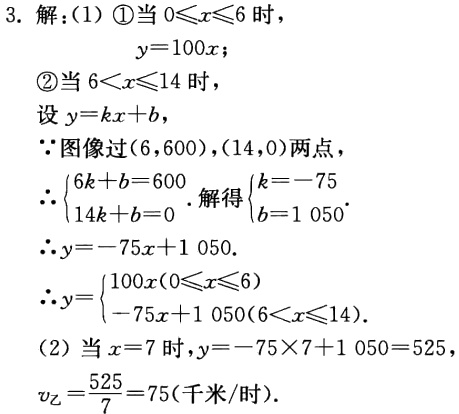
3. 解：(1) \textcircled{1}当 \(0\leqslant x\leqslant6\) 时，
\(y = 100x\)；
\textcircled{2}当 \(6\lt x\leqslant14\) 时，
设 \(y = kx + b\)，
\(\because\) 图像过 \((6,600)\)，\((14,0)\) 两点，
\(\therefore\begin{cases}6k + b = 600\\14k + b = 0\end{cases}\). 解得 \(\begin{cases}k = -75\\b = 1050\end{cases}\).
\(\therefore y=-75x + 1050\).
\(\therefore y=\begin{cases}100x(0\leqslant x\leqslant6)\\-75x + 1050(6\lt x\leqslant14)\end{cases}\).
(2) 当 \(x = 7\) 时，\(y=-75\times7 + 1050 = 525\)，
\(v_{乙}=\frac{525}{7}=75\)（千米/时）.